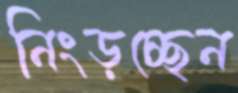
নিংড়চ্ছেন